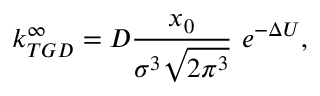
k _ { T G D } ^ { \infty } = D \frac { x _ { 0 } } { \sigma ^ { 3 } \sqrt { 2 \pi ^ { 3 } } } \ e ^ { - \Delta U } ,